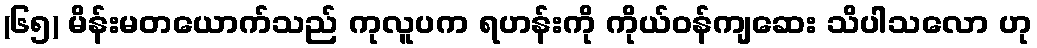
(၆၅) မိန်းမတယောက်သည် ကုလူပက ရဟန်းကို ကိုယ်ဝန်ကျဆေး သိပါသလော ဟု